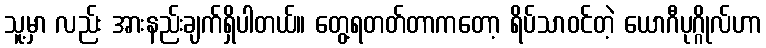
သူ့မှာ လည်း အားနည်းချက်ရှိပါတယ်။ တွေ့ရတတ်တာကတော့ ရိပ်သာဝင်တဲ့ ယောဂီပုဂ္ဂိုလ်ဟာ